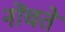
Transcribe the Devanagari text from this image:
नोंचते